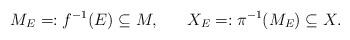
LaTeX: \begin{align*}M_E=:f^{-1}(E)\subseteq M,\,\,\,\,\,\,\,\,\,\,X_E=:\pi^{-1}(M_E)\subseteq X.\end{align*}